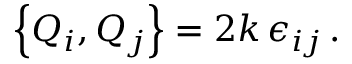
\left\{ Q _ { i } , Q _ { j } \right\} = 2 k \, \epsilon _ { i j } \, .